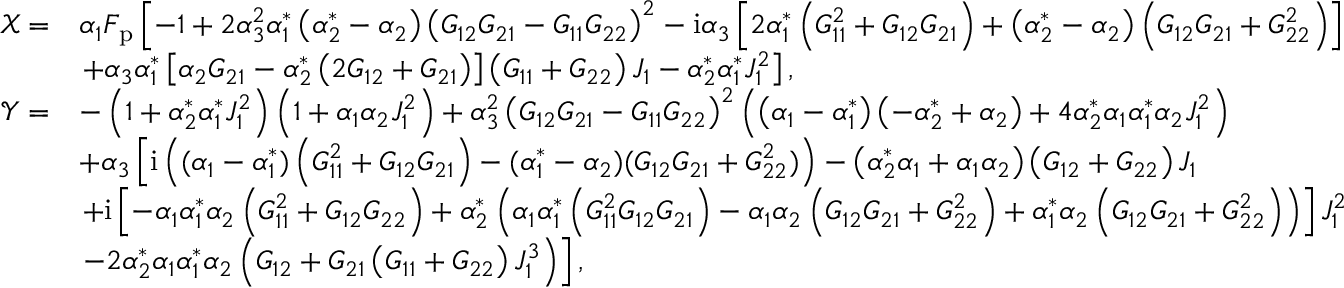
\begin{array} { r l } { \mathcal { X } = } & { \alpha _ { 1 } F _ { \mathrm { p } } \left[ - 1 + 2 \alpha _ { 3 } ^ { 2 } \alpha _ { 1 } ^ { * } \left( \alpha _ { 2 } ^ { * } - \alpha _ { 2 } \right) \left( G _ { 1 2 } G _ { 2 1 } - G _ { 1 1 } G _ { 2 2 } \right) ^ { 2 } - \mathrm { i } \alpha _ { 3 } \left[ 2 \alpha _ { 1 } ^ { * } \left( G _ { 1 1 } ^ { 2 } + G _ { 1 2 } G _ { 2 1 } \right) + \left( \alpha _ { 2 } ^ { * } - \alpha _ { 2 } \right) \left( G _ { 1 2 } G _ { 2 1 } + G _ { 2 2 } ^ { 2 } \right) \right] \right. } \\ & { \left. + \alpha _ { 3 } \alpha _ { 1 } ^ { * } \left[ \alpha _ { 2 } G _ { 2 1 } - \alpha _ { 2 } ^ { * } \left( 2 G _ { 1 2 } + G _ { 2 1 } \right) \right] \left( G _ { 1 1 } + G _ { 2 2 } \right) J _ { 1 } - \alpha _ { 2 } ^ { * } \alpha _ { 1 } ^ { * } J _ { 1 } ^ { 2 } \right] , } \\ { \mathcal { Y } = } & { - \left( 1 + \alpha _ { 2 } ^ { * } \alpha _ { 1 } ^ { * } J _ { 1 } ^ { 2 } \right) \left( 1 + \alpha _ { 1 } \alpha _ { 2 } J _ { 1 } ^ { 2 } \right) + \alpha _ { 3 } ^ { 2 } \left( G _ { 1 2 } G _ { 2 1 } - G _ { 1 1 } G _ { 2 2 } \right) ^ { 2 } \left( \left( \alpha _ { 1 } - \alpha _ { 1 } ^ { * } \right) \left( - \alpha _ { 2 } ^ { * } + \alpha _ { 2 } \right) + 4 \alpha _ { 2 } ^ { * } \alpha _ { 1 } \alpha _ { 1 } ^ { * } \alpha _ { 2 } J _ { 1 } ^ { 2 } \right) } \\ & { + \alpha _ { 3 } \left[ \mathrm { i } \left( ( \alpha _ { 1 } - \alpha _ { 1 } ^ { * } ) \left( G _ { 1 1 } ^ { 2 } + G _ { 1 2 } G _ { 2 1 } \right) - ( \alpha _ { 1 } ^ { * } - \alpha _ { 2 } ) ( G _ { 1 2 } G _ { 2 1 } + G _ { 2 2 } ^ { 2 } ) \right) - \left( \alpha _ { 2 } ^ { * } \alpha _ { 1 } + \alpha _ { 1 } \alpha _ { 2 } \right) \left( G _ { 1 2 } + G _ { 2 2 } \right) J _ { 1 } \right. } \\ & { \left. + \mathrm { i } \left[ - \alpha _ { 1 } \alpha _ { 1 } ^ { * } \alpha _ { 2 } \left( G _ { 1 1 } ^ { 2 } + G _ { 1 2 } G _ { 2 2 } \right) + \alpha _ { 2 } ^ { * } \left( \alpha _ { 1 } \alpha _ { 1 } ^ { * } \left( G _ { 1 1 } ^ { 2 } G _ { 1 2 } G _ { 2 1 } \right) - \alpha _ { 1 } \alpha _ { 2 } \left( G _ { 1 2 } G _ { 2 1 } + G _ { 2 2 } ^ { 2 } \right) + \alpha _ { 1 } ^ { * } \alpha _ { 2 } \left( G _ { 1 2 } G _ { 2 1 } + G _ { 2 2 } ^ { 2 } \right) \right) \right] J _ { 1 } ^ { 2 } \right. } \\ & { \left. - 2 \alpha _ { 2 } ^ { * } \alpha _ { 1 } \alpha _ { 1 } ^ { * } \alpha _ { 2 } \left( G _ { 1 2 } + G _ { 2 1 } \left( G _ { 1 1 } + G _ { 2 2 } \right) J _ { 1 } ^ { 3 } \right) \right] , } \end{array}